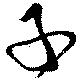
子